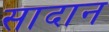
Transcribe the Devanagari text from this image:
सादान